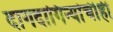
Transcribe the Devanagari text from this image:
दागदागिन्यांचीही